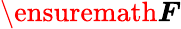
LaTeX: \ensuremath{\boldsymbol{F}}